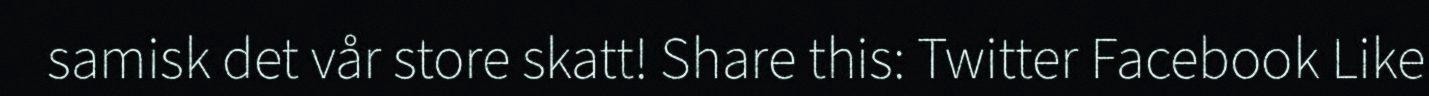
samisk det vår store skatt! Share this: Twitter Facebook Like